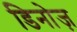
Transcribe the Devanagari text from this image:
डिनोज़